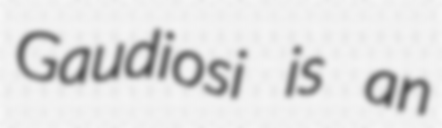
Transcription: Gaudiosi is an